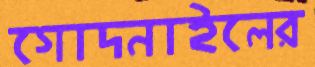
গোদনাইলের